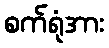
စက်ရုံအား